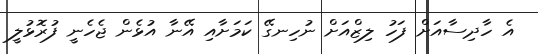
އެ ހާދިސާއަށް ފަހު ލިޒްއަށް ނުހިނގޭ ކަމަށާއި އޭނާ އުޅެން ޖެހެނީ ފުރޮޅުލީ